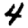
Digit: 4